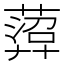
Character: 𦻟